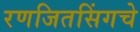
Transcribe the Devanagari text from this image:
रणजितसिंगचे